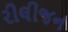
રીલીજન